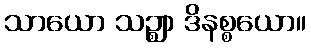
သာယော သဉ္ဈာ ဒိနစ္စယော။